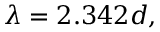
\lambda = 2 . 3 4 2 d ,